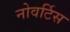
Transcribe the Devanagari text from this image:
नोवर्टिस